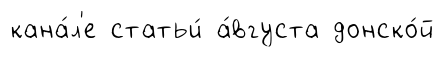
кана́л'е статьи́ а́вгуста донско́й